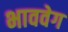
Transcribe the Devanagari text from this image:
भाववेग